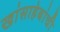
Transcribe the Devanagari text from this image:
खांसाहेबांची